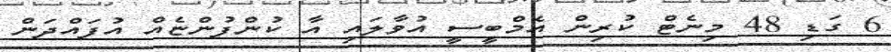
6 ގަޑި 48 މިނެޓް ކުރިން އެމްބީސީ އުވާލައި އާ ކުންފުންޏެއް އުފައްދަން